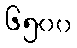
၆၅၀၀